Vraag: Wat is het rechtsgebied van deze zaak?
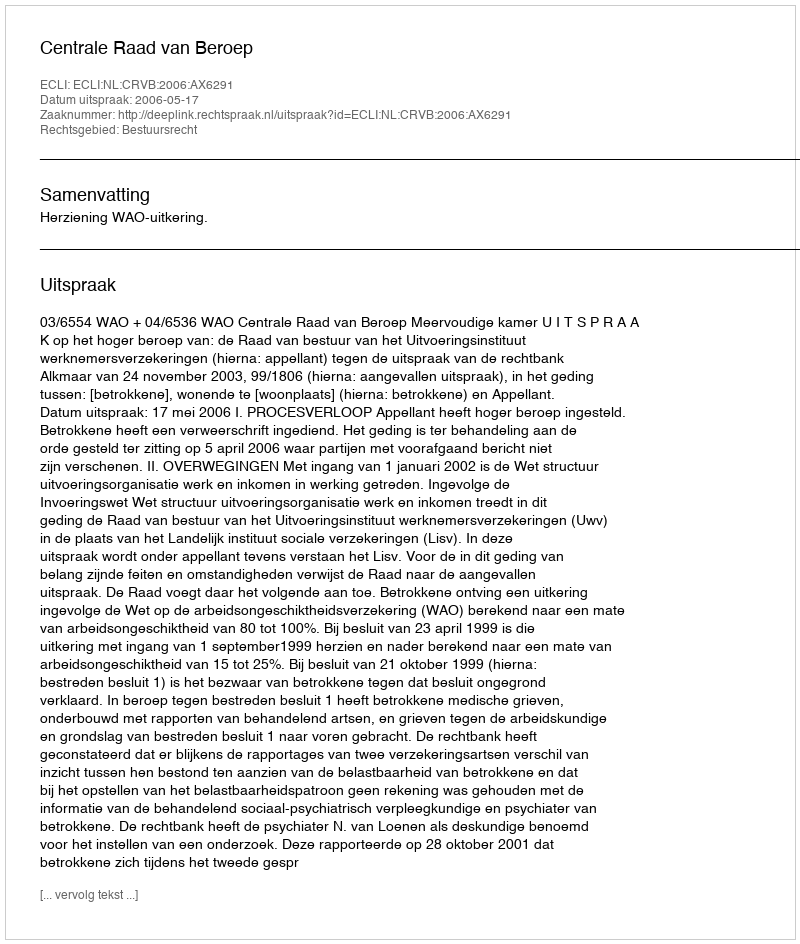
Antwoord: Bestuursrecht